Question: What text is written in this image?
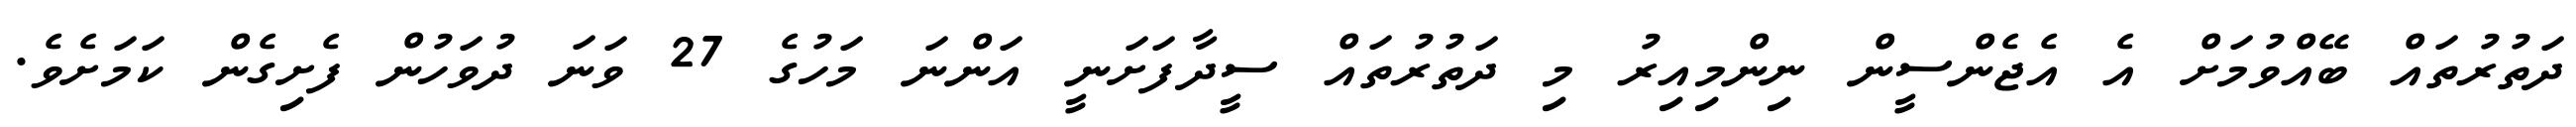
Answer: ދަތުރުތައް ބޭއްވުމަށް އެ އެޖެންސީން ނިންމިއިރު މި ދަތުރުތައް ސީދާފަށަނީ އަންނަ މަހުގެ 27 ވަނަ ދުވަހުން ފެށިގެން ކަމަށެވެ.